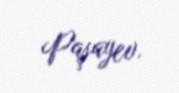
Paşayev.